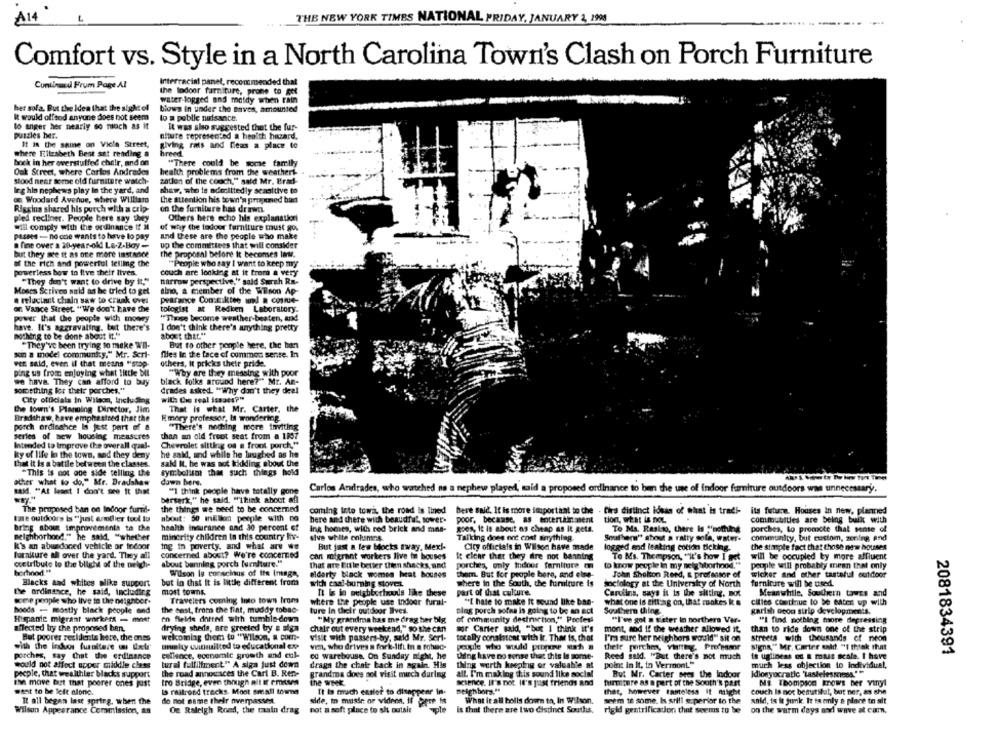
A14
THE NEW YORK TIMES NATIONAL FRIDAY, JANUARY 2, 1995
Comfort vs. Style in a North Carolina Town's Clash on Porch Furniture
Interracial panel, recommended that
Continued Frum Page Al
the Indoor furniture, prone to get
water-logged and moldy when rain
her sola. But the Idea that the sight of
blows in under the saves, amounted
It would offend anyone does not seem
lo a public nuisance.
lo anger her nearly so much as it
It was also suggested that the fur-
puzzles Iner.
niture represented a health hazard.
It is the same on Viele Street,
giving rats and fleas a place to
where Elizabeth Best sat reading a
bock in her overstuffed chair, and on
"There could be sorse family
Oak Street, where Carlos Andrades
health problems from the weathert
stood near some old furniture watch-
zation of the couch," said Mr. Brad-
Ing hin nephews play In the yard, and
shaw, who is admittedly seaaltive to
og Woodard Avenue, where William
the attention his town's proponed ban
Riggins shared his purch with a crip-
on the furniture has drawn
pled recliner. Peuple here say they
Others here echo his explanation
will comply with the ordinance if il
of why the todoor furniture must go
passes - no one wants to have to pay
and these are the people who make
fine over a 20-year-old La-2-Boy -
up the committees that will consider
but they see it as one more instance
the proposal before it becomes law.
of the rich and powerful telling the
"People who say I want to keep my
powerless bow to live their lives.
couch are looking at it from a very
"They don't want to drive by it,"
narrow perspective," said Surah Ra-
Mosca Scriven auid as he tried to get
sino, a member of the Wilson Ap-
a relucial chain saw to cruak oves
pearance Con:ciktee and a cosme-
or Vance Street. "We don't have the
tologist at Redken Laboratory.
power that the people with mowry
"Those become weather-beaten, and
have. It's aggravating. tast there's
I don't think there's anything pretty
about that."
nothing to be done about it."
"They've been trying to make W'Il-
But to other ponple here. the han
son a model community." Mr. Scrl-
flies In the face of common sense. In
ver. said, even il that means "stop-
others, it pricks their pride.
ping us from enjoying what little bit
"Why are they messing with poor
we hava. They can afford to buy
black Folks around here?" Mr. AR-
something for their porches."
drades asked. "Why don't they deel
City officials in Wilson, Including
wil: Co real issues?"
the town's Planning Director, Jim
That Is what Mr. Carter, the
Bradshaw, have emphasised that the
Emory professor, Is wondering
porch ordleshice Is jest part of a
"There's nothing more inviting
series of new housing measures
than an old froot seat from a 1107
Intended to improve the overall qual-
Chevrolet sitting og a froot porch."
ky of life in the town, and they deny
he said, and while he laughed as he
Cat It is a battle between the classes.
said It. he was not kidding about the
*This is not one side telling the
symbolismt that such things hold
other what to do." Mr. Bradshaw
down here.
"I think people have totally gone
Carlos Andrades, who watched na a nephewe played, said a proposed ordinance to ben the use of indoor furniture outdoors was unnecessary.
s&M. "At least I don't see It that
berserk," he said. "Think about af
The proposed ban on Indoor furni-
the things we need to be concerned
coming into towa, the road Is lined
bere Said, It is more important to the . Cies distinct ideas of What is tradi- its future. Houses in new, planned
tare outdoors is "just enodlier tool to
about: 50 million people with no
here med there with beaudfat, sower-
poor, because, as entertainasent
tion, what is noL
communities are being built with
health insurance and 30 percent of
bring abou improvements to the
Ing homes, with red brick and mas-
goes, It Is about as cheap as it gets.
To Ma. Raskao, there Is "nothing
porches, to promote that sense of
neighborhood." he said, "whether
minerity children in this country hiv-
sive white columns.
Talking does not cont anything.
Southern" shout a ratty sola, water-
community, but custom, zening and
k's an abandoned vehicle or indoor
ing in poverty, and what are we
But just a few blocks away, Mexi-
City officials in Wilson have made
logged and leaking cotton ticking.
the simple fact that those new houses
furniture all over the yard. They all
concerned about? We're concerned
can migrant workers live in houses
it clear that they are not banning
To Ms. Thompson, "it's how I get
will be occupied by more affluent
cretribute to the blighi of the neigh-
about banning porch [furniture."
that are Bitle better then shacks, and
porches, only indoor farniture m
to know people in my neighborhood."
people will probably mean that only
borhood "
Wilson Is conscious of its Image,
elderty black womes heat bouses
them. But for people here, and else-
John Sholson Rend, & professor of
wicker and other tasteful outdoor
Blacks and whites alike support
but in that it is little different from
with caal-burning stover
where in the South, the furniture is
Sociology at the University of North
furniture will be used.
the ordinance, he said, including
most towns
It is in weighborhoods like these
part of that culture.
Carolina, says it is the sitting, not
Meanwhile, Souder tawes and
some people who live to the neighbor-
Travelers coming into town Irons
where the people use indoor fural-
"I hate to make it sound like ban-
what one is sitting on, that makes k. a
cities continue to be eaten up with
the east, from the fint, muddy tobac-
Boods - mostly binck people and
ture In their outdoor Ilves.
slag porch sofna is going to be an act
Southern thing
garish neon strip developments.
Hispanic migrant workers - mnet
on fields dotted with tumble-down
"My grandma has me drag her big
of community destruction," Profess
"I've got a sieter in northern Ver-
"I find polbing more depressing
flected bry the proposed han.
drying sheda, are greeted by a sign
chair out every weekend, " so she cant
sor Carter said, "but I think it's
mont, and If the weather allowed it,
than to ride down one of the strip
But poorer residents hete, the onss
welcoming them to "Wilson, a com-
visit with passers-by, said Mr. Seri-
totally consistent with it. That is, chat
I'm sure her neighbors would" sit on
Streets with theusands of neon
with the indos furaltere w detr
munity cuimuilted to educatknal ex
vim, who drives a fork-lift in a rohec-
people who would progene ush #
their porche, vhfthg. Professor
sina," Mr. Carter cald. "I think that
exlience, economic growth and cul-
2081834391
porches, say Chiat the erdinance
cc warebousa. On Sunday night, he
ting have no sense that this Is some-
Reed said. "But there's not much
is ugliness of @ mais scale. I have
would not affect apper middle class
tural fulfilment" A sign just dewn
drags the chair back in again. His
thing werth keeping or valuable at
point in It, in Vermont."
much less objection to individual,
pecple, that wealthler blacks support
the road announces the Cari B. Ren-
grandma does not visit much during
all. I'm making this sound like social
But Mr. Carter sees the Indoor
Idiosyncratic "Tastelessness""
inn move But that poorer ones just
tro Bridge, even though alt It emtwee
the WHE
science, It's not. it's just friends and
furniture as a part of the South's past
ME Thompson knows ber vinyl
want to be left alone.
13 railroad tracks. Most small towns
It is much easier to disappear in-
Beighborg."
that, however tanteless it might
couch Is not bemutilal, but ner, as she
It all began last spring, when the
do not same their overpaswy
side, in musie or vidnes, if gece is
What it all bolls doorn to, In Wilson.
seem to some. I still e perior to the
said, io it junk. It ta only a place to sit
Wilson Appearance Commission, an
Oe Raleigh Rond, the maain drag
not a soft place to sh outsir
apte
is that there are two distinct Souths,
rigid gentrification that seems to be
on the warm days and wave at cam,